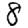
Digit: 8